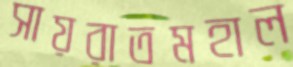
সায়রাতমহাল